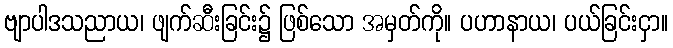
ဗျာပါဒသညာယ၊ ဖျက်ဆီးခြင်း၌ ဖြစ်သော အမှတ်ကို။ ပဟာနာယ၊ ပယ်ခြင်းငှာ။